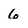
Character: 6